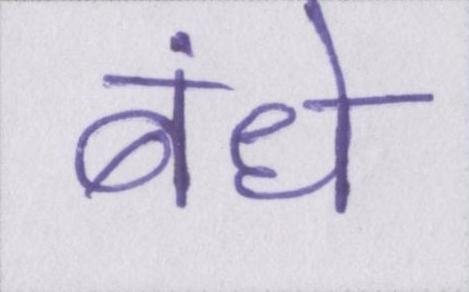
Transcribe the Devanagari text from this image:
बंधे